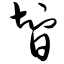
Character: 智